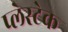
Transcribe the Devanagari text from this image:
प्लेस्टेक